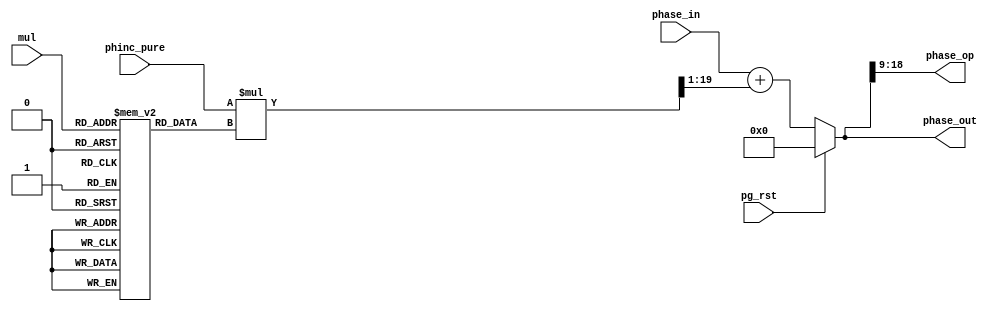
/*  This file is part of JTOPL.

    JTOPL is free software: you can redistribute it and/or modify
    it under the terms of the GNU General Public License as published by
    the Free Software Foundation, either version 3 of the License, or
    (at your option) any later version.

    JTOPL is distributed in the hope that it will be useful,
    but WITHOUT ANY WARRANTY; without even the implied warranty of
    MERCHANTABILITY or FITNESS FOR A PARTICULAR PURPOSE.  See the
    GNU General Public License for more details.

    You should have received a copy of the GNU General Public License
    along with JTOPL.  If not, see <http://www.gnu.org/licenses/>.
    
    Author: Jose Tejada Gomez. Twitter: @topapate
    Version: 1.0
    Date: 13-6-2020
    
    */

// Original hardware uses an adder to do the multiplication
// but I think it will take less resources of the FPGA to
// use a real multiplier instead

module jtopl_pg_sum (
    input       [ 3:0] mul,        
    input       [18:0] phase_in,
    input              pg_rst,
    input       [16:0] phinc_pure,

    output reg  [18:0] phase_out,
    output reg  [ 9:0] phase_op
);

reg [21:0] phinc_mul;
reg [ 4:0] factor[0:15];

always @(*) begin
    phinc_mul = { 5'b0, phinc_pure} * factor[mul];
    phase_out = pg_rst ? 'd0 : (phase_in + phinc_mul[19:1]);
    phase_op  = phase_out[18:9];
end

initial begin
    factor[ 0] = 5'd01; factor[ 1] = 5'd02; factor[ 2] = 5'd04; factor[ 3] = 5'd06;
    factor[ 4] = 5'd08; factor[ 5] = 5'd10; factor[ 6] = 5'd12; factor[ 7] = 5'd14;
    factor[ 8] = 5'd16; factor[ 9] = 5'd18; factor[10] = 5'd20; factor[11] = 5'd20;
    factor[12] = 5'd24; factor[13] = 5'd24; factor[14] = 5'd30; factor[15] = 5'd30;
end

endmodule // jtopl_pg_sum